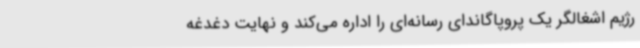
رژیم اشغالگر یک پروپاگاندای رسانه‌ای را اداره می‌کند و نهایت دغدغه